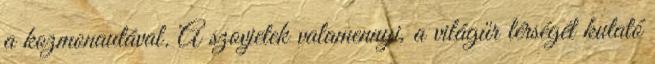
a kozmonautával. A szovjetek valamennyi, a világűr térségét kutató